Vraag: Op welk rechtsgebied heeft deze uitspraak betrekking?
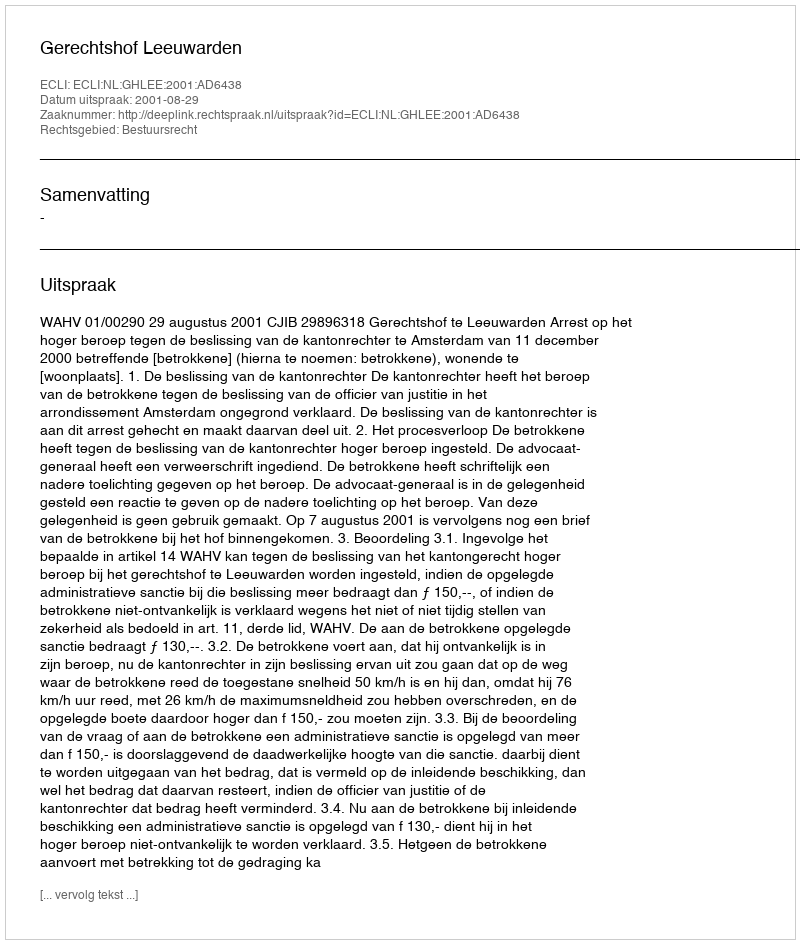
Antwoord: Bestuursrecht